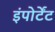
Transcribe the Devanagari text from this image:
इंपोर्टेंट